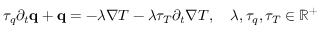
\begin{array} { r } { \tau _ { q } \partial _ { t } \mathbf q + \mathbf q = - \lambda \nabla T - \lambda \tau _ { T } \partial _ { t } \nabla T , \quad \lambda , \tau _ { q } , \tau _ { T } \in \mathbb { R ^ { + } } } \end{array}